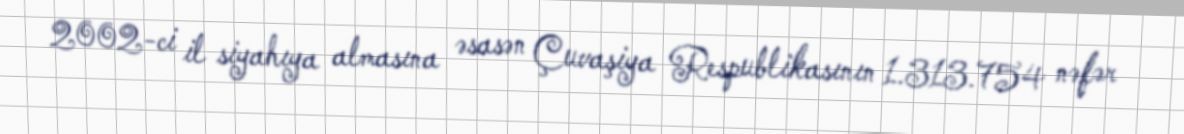
2002-ci il siyahıya almasına əsasən Çuvaşiya Respublikasının 1.313.754 nəfər